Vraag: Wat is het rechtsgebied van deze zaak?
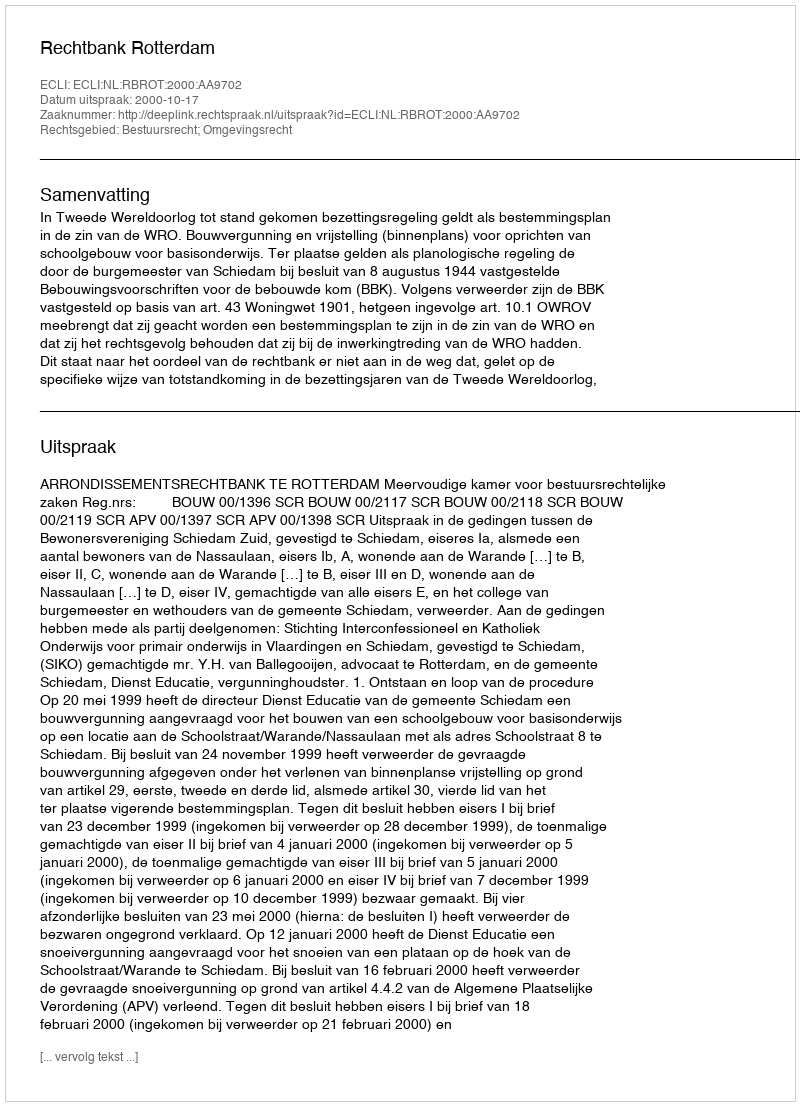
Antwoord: Bestuursrecht; Omgevingsrecht